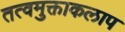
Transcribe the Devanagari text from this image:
तत्वमुक्ताकलाप